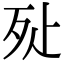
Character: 㱜